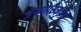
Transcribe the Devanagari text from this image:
जेवणासमवेत